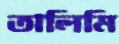
তালিমি